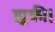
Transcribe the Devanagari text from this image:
झुकी।